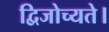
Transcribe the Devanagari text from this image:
द्विजोच्यते।